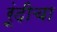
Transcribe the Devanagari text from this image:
रूंदीचा